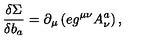
{ \displaystyle { \frac { \delta \Sigma } { \delta b _ { a } } } } = \partial _ { \mu } \left( e g ^ { \mu \nu } A _ { \nu } ^ { a } \right) ,